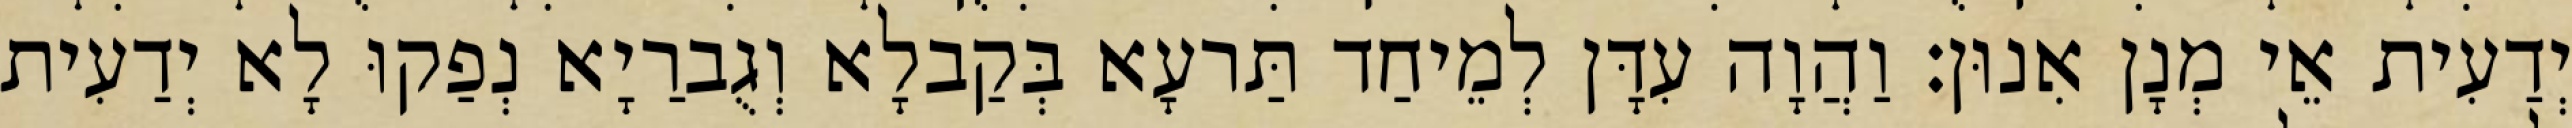
יְדַעִית אֵי מְנָן אִנוּן׃ וַהֲוָה עִדָּן לְמֵיחַד תַּרעָא בְּקַבלָא וְגֻברַיָא נְפַקוּ לָא יְדַעִית